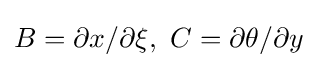
B=\partial x/\partial \xi ,\ C=\partial \theta /\partial y